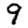
Digit: 9